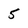
Character: 5